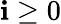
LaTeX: \mathbf{i}\geq0